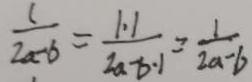
\frac { 1 } { 2 a - b } = \frac { 1 \cdot 1 } { 2 a - b \cdot 1 } = \frac { 1 } { 2 a - b }